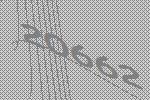
20662